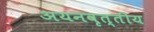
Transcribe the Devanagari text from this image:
अयनवृत्तीय